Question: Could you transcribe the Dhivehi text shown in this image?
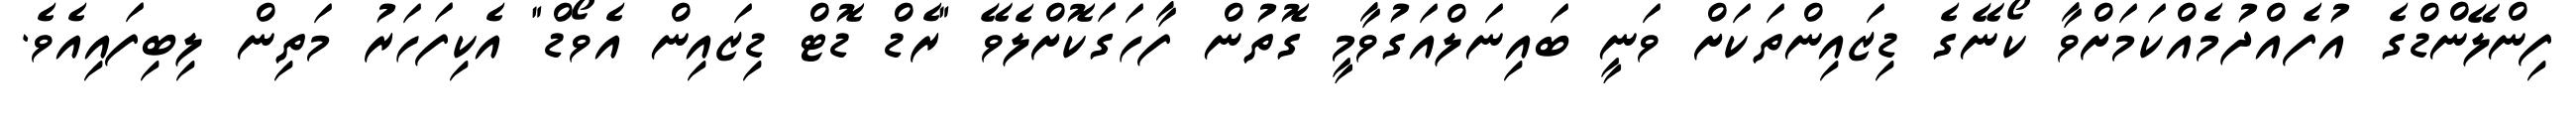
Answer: ފިންލޭންޑްގެ އުފެއްދުމެއްކަމަށްވާ ކޯނޭގެ ޑިޒައިންތަކަށް ވަނީ ބައިނަލްއަގުވާމީ ގޮތުން ފާހަގަކޮށްލެވޭ "ރެޑް ޑޮޓް ޑިޒައިން އެވޯޑް" އެކިފަހަރު މަތިން ލިބިފައިއެވެ.